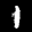
Label: 1